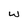
Character: w